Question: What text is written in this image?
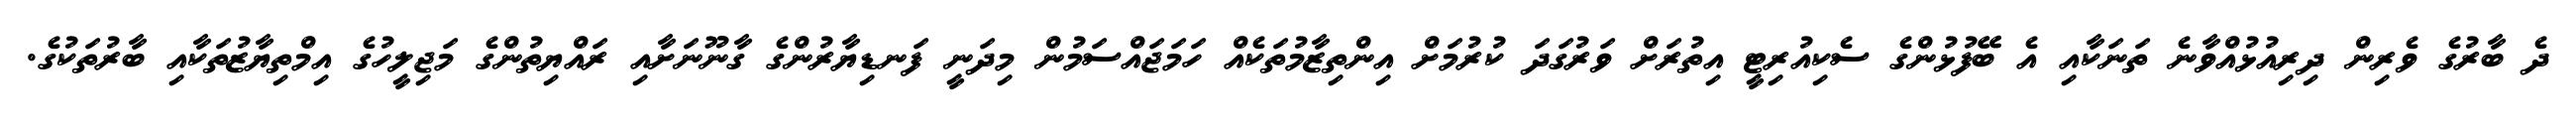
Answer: ދެ ބާރުގެ ވެރިން ދިރިއުޅުއްވާނެ ތަނަކާއި އެ ބޭފުޅުންގެ ސެކިއުރިޓީ އިތުރަށް ވަރުގަދަ ކުރުމަށް އިންތިޒާމުތަކެއް ހަމަޖައްސަމުން މިދަނީ ފަނޑިޔާރުންގެ ގާނޫނަށާއި ރައްޔިތުންގެ މަޖިލީހުގެ އިމްތިޔާޒުތަކާއި ބާރުތަކުގެ.